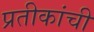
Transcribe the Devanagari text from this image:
प्रतीकांची